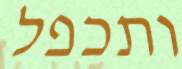
ותכפל